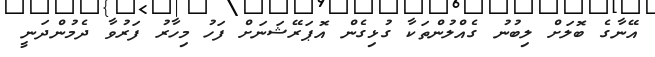
އޭނާގެ ބޮލަށް ލިބުނު ގެއްލުންތަކާ ގުޅިގެން އޮޕަރޭޝަނަށް ފަހު މިހާރު ފަރުވާ ދެމުންދަނީ